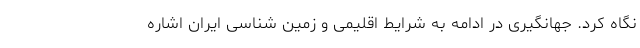
نگاه کرد. جهانگیری در ادامه به شرایط اقلیمی و زمین شناسی ایران اشاره